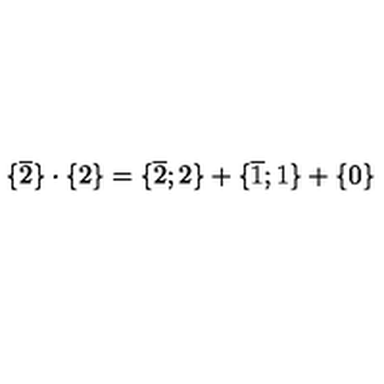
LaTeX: { \{ } \overline { { 2 } } { \} } \cdot { \{ } { 2 } { \} } = { \{ } \overline { { 2 } } ; 2 { \} } + { \{ } \overline { { 1 } } ; 1 { \} } + { \{ } { 0 } { \} }